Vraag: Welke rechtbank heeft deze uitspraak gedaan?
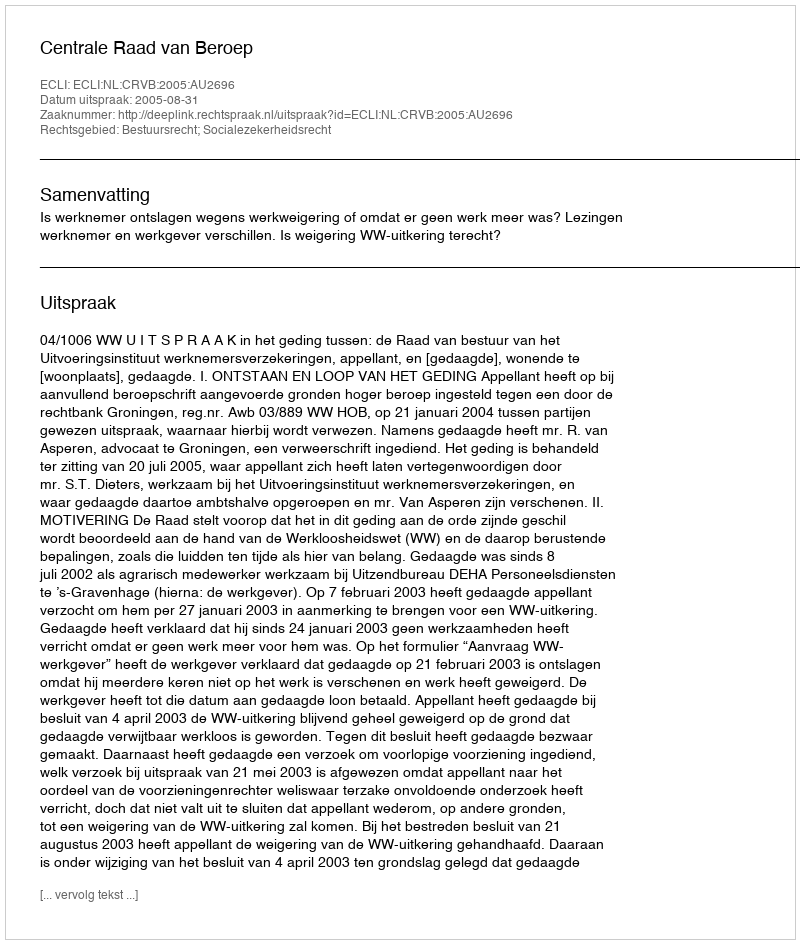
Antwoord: Centrale Raad van Beroep